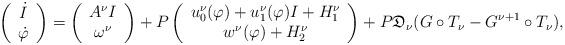
LaTeX: \begin{align*}\left(\begin{array}{c} \dot I\\ \dot\varphi\end{array}\right)=\left(\begin{array}{c} A^\nu I\\ \omega^\nu\end{array}\right)+P\left(\begin{array}{c} u_0^\nu(\varphi)+u_1^\nu(\varphi)I+H_1^\nu\\ w^\nu(\varphi)+H_2^\nu\end{array}\right)+P\mathfrak{D}_\nu (G\circ T_\nu-G^{\nu+1}\circ T_\nu),\end{align*}